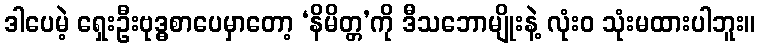
ဒါပေမဲ့ ရှေးဦးဗုဒ္ဓစာပေမှာတော့ ‘နိမိတ္တ’ကို ဒီသဘောမျိုးနဲ့ လုံးဝ သုံးမထားပါဘူး။